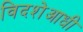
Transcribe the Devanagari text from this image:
विदशेआधी